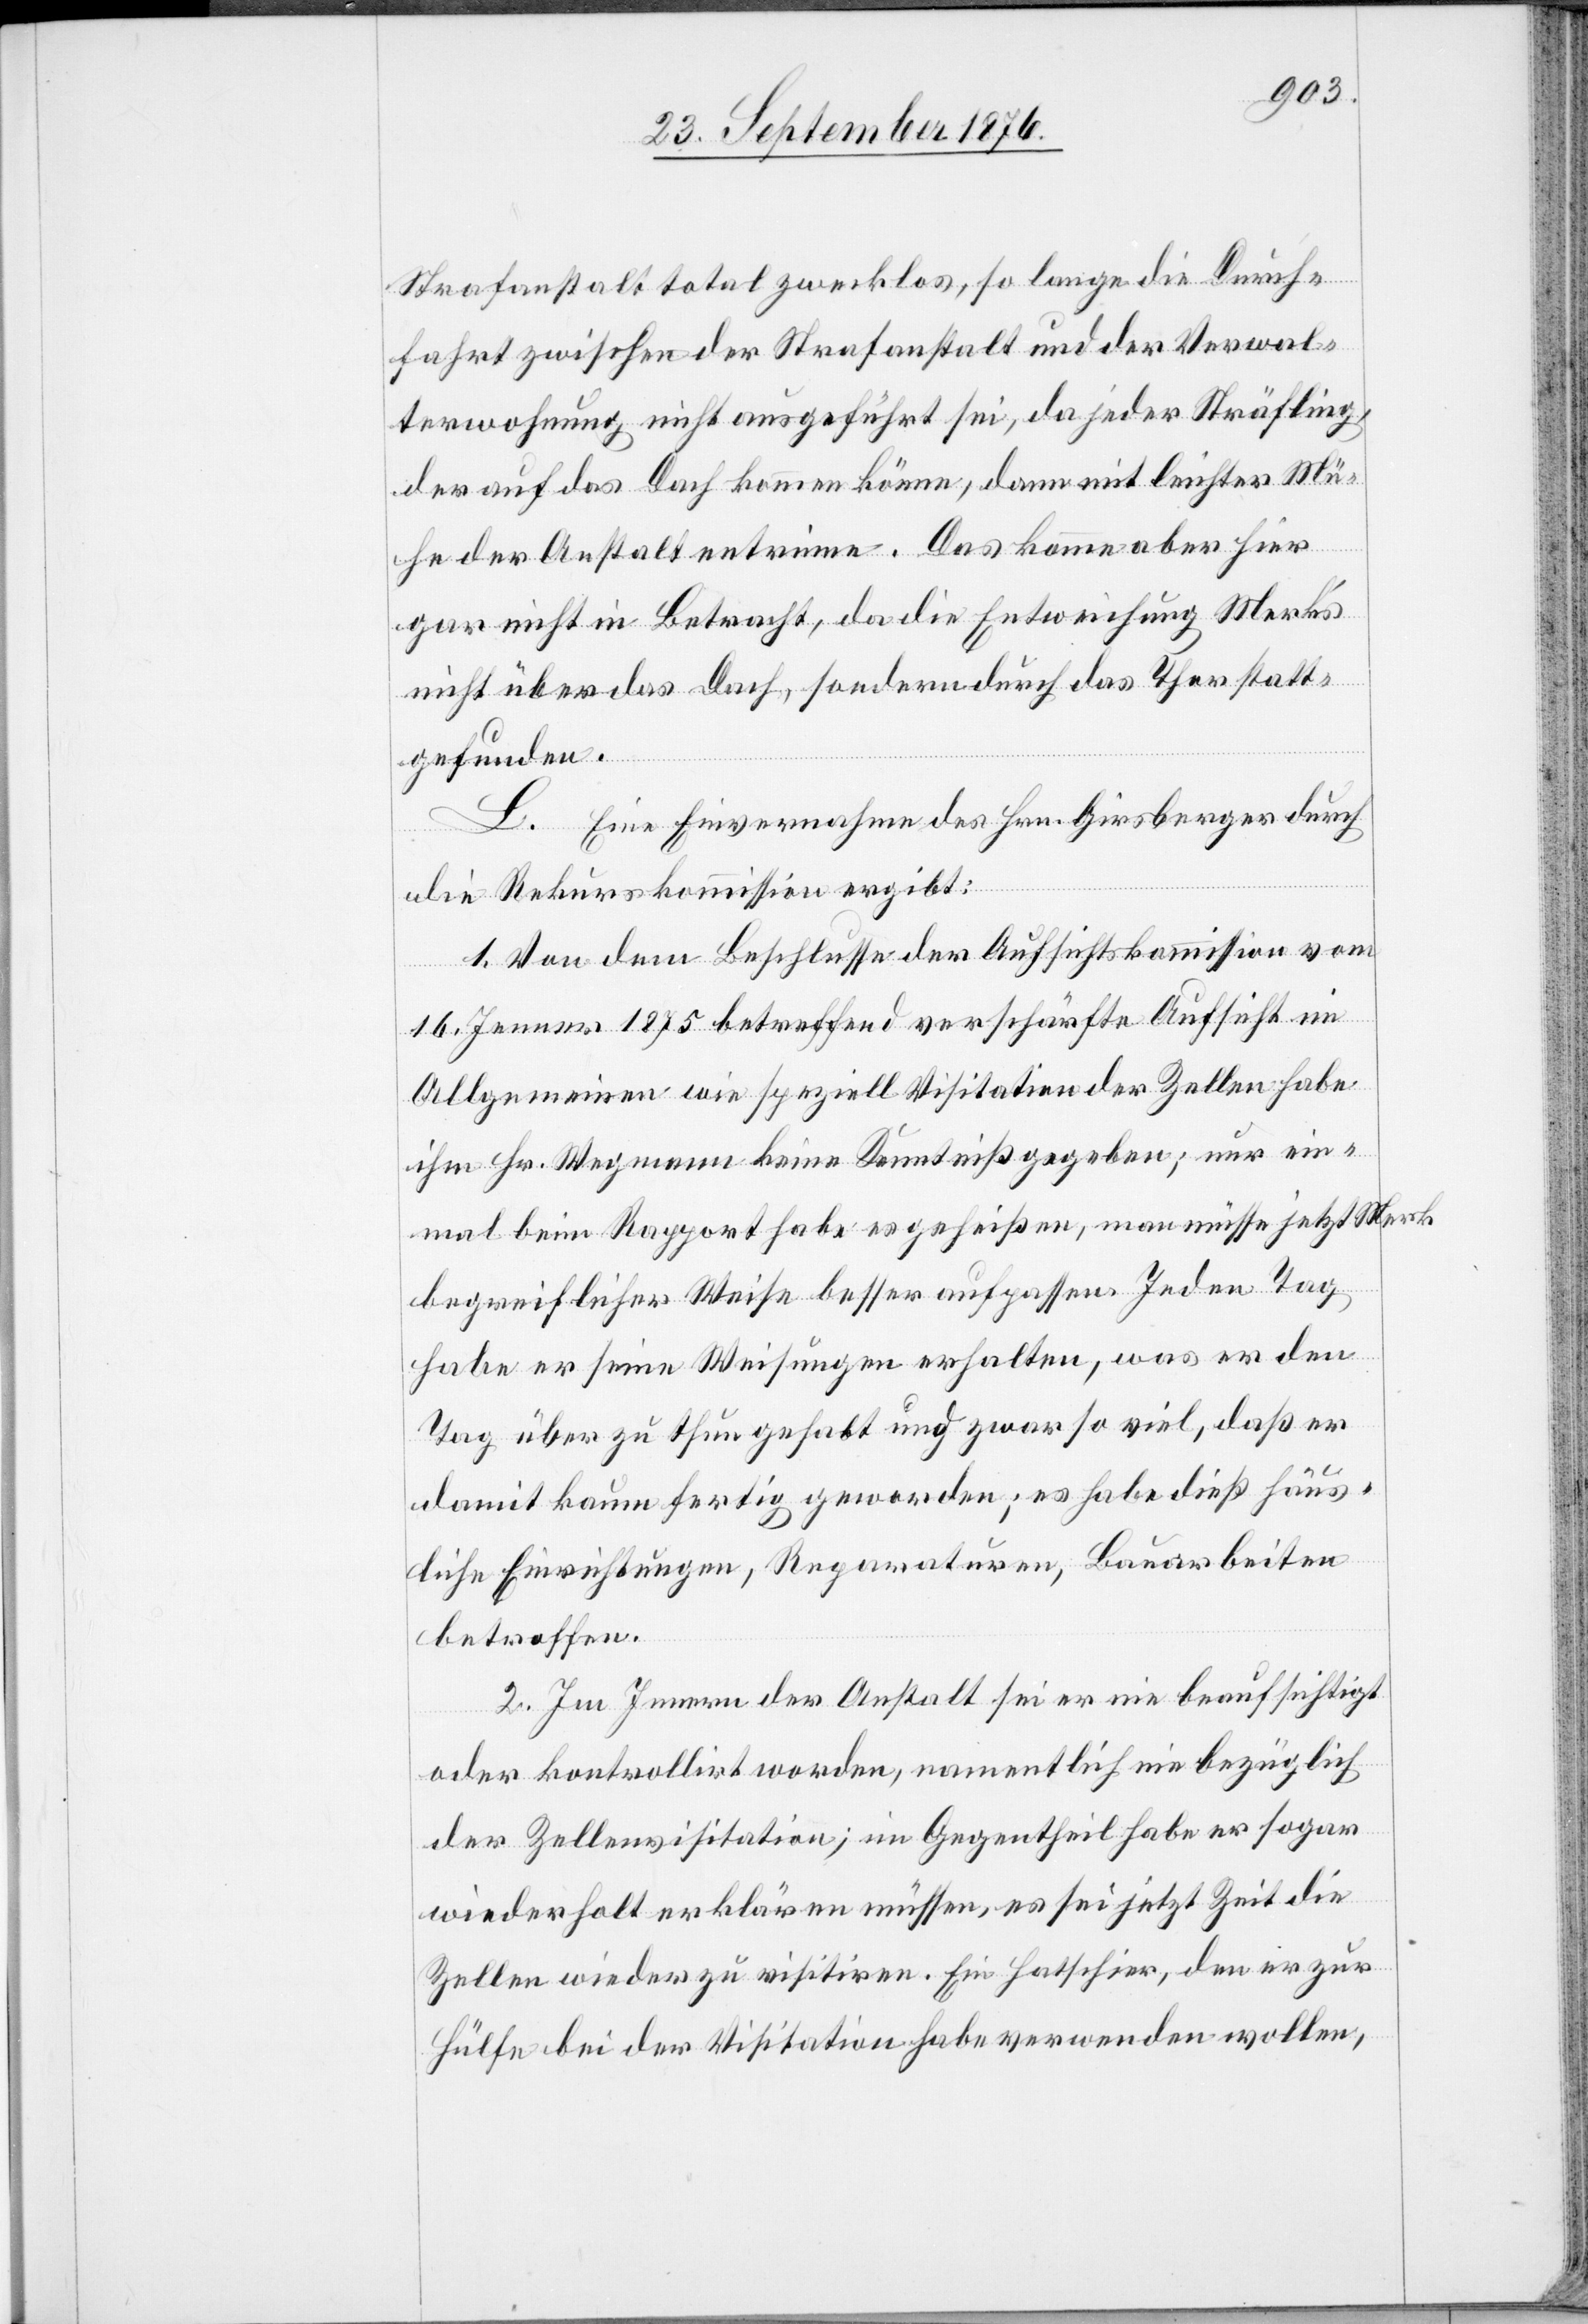
Strafanstalt total zwecklos, so lange die Durch¬
fahrt zwischen der Strafanstalt und der Verwal¬
terwohnung nicht ausgeführt sei, da jeder Sträfling,
der auf das Dach kommen könne, dann mit leichter Mü¬
he der Anstalt entrinne. Das komme aber hier
gar nicht in Betracht, da die Entweichung Merk’s
nicht über das Dach, sondern durch das Thor statt¬
gefunden.
Eine Einvernahme des Hrn. Girsberger durch
die Rekurskommission ergibt:
1. Von dem Beschlusse der Aufsichtskommission vom
16. Jenner 1875 betreffend verschärfte Aufsicht im
Allgemeinen wie speziell Visitation der Zellen habe
ihm Hr. Wegmann keine Kenntniß gegeben; nur ein¬
mal beim Rapport habe es geheißen, man müsse jetzt [auf]
begreiflicher Weise besser aufpassen. Jeden Tag
habe er seine Weisungen erhalten, was er den
Tag über zu thun gehabt und zwar so viel, daß er
damit kaum fertig geworden; es habe dieß häus¬
liche Einrichtungen, Reparaturen, Bauarbeiten
betroffen.
2. Im Innern der Anstalt sei er nie beaufsichtigt
oder kontrollirt worden, namentlich nie bezüglich
der Zellenvisitation; im Gegentheil habe er sogar
wiederholt erklären müssen, es sei jetzt Zeit die
Zellen wieder zu visitiren, Ein Hatschier, den er zur
Hülfe bei der Visitation habe verwenden wollen,